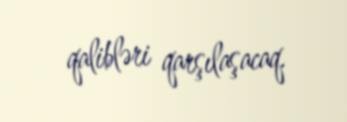
qalibləri qarşılaşacaq.